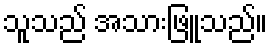
သူသည် အသားဖြူသည်။